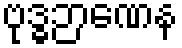
ဗုဒ္ဓဉာဏေန